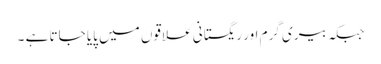
جبکہ بیری گرم اور ریگستانی علاقوں میں پایا جاتا ہے ۔